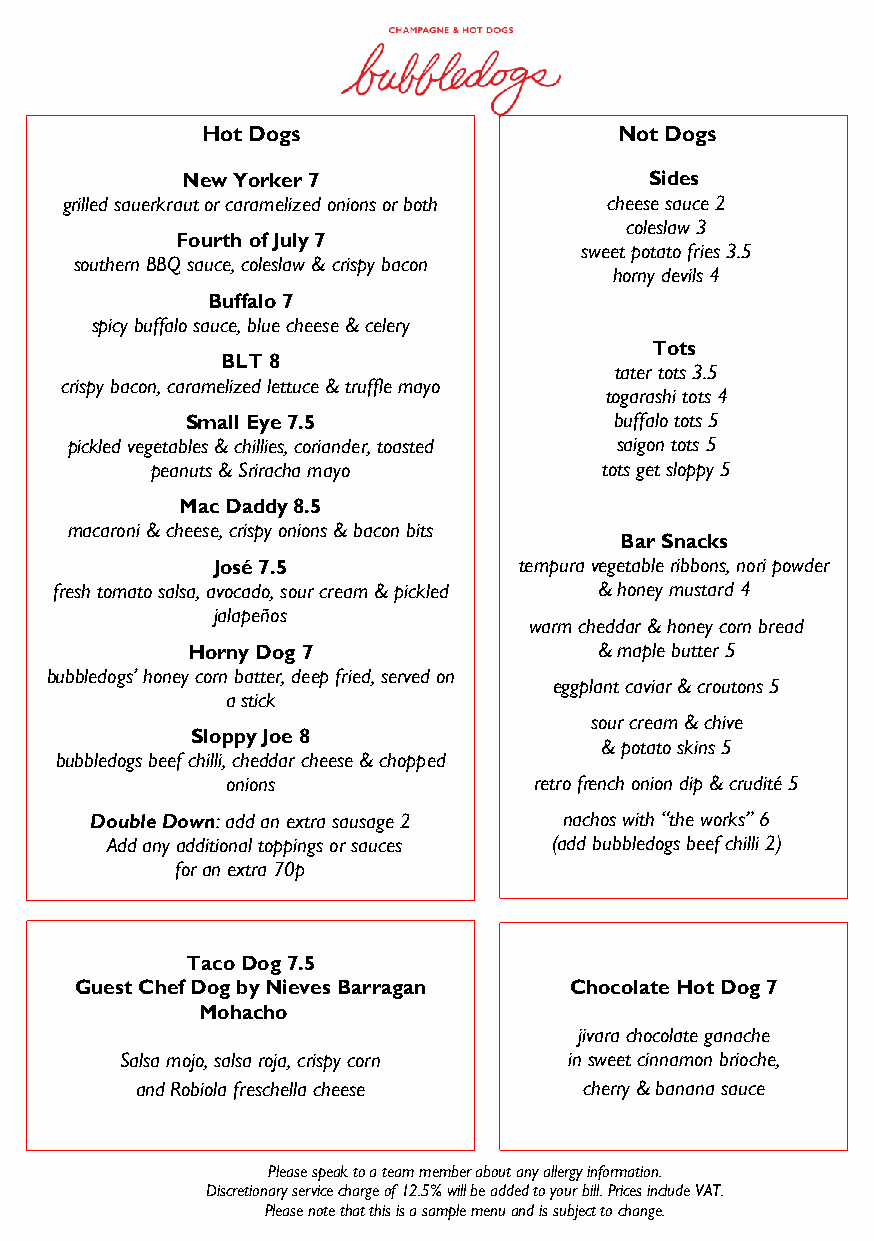
Hot Dogs                    Not Dogs
 New Yorker 7                   Sides
 grill e d sauerkraut or caramelized onions or both cheese sauce 2
 coleslaw 3
 Fourth of July 7
 sweet potato fries 3.5
 southern BBQ sauce, coleslaw & crispy bacon
 horny devils 4
 Buffa lo 7
 spicy buffalo sauce, b lue cheese & celery
 Tots
 BLT 8
 tater tots 3.5
 crispy bacon, caramelized lettuce & truffle mayo
 togarashi tots 4
 Small Ey e 7.5               buffalo tots 5
 pickled vegetables & chilli es, coriander, toasted saigon tots 5
 peanuts & Srira cha mayo      tots get sloppy 5
 Mac Daddy 8.5
 macaroni & cheese, crispy onions & bacon bits
 Bar Snacks
 José 7 .5           tempura vegetable ribbons, nori powder
 fresh tomato salsa, avocado , sour cream & pickled & honey mustard 4
 jalapeñ os
 warm cheddar & honey corn bread
 Horny Dog 7                 & maple butter 5
 bubbledogs’ honey corn batter, deep fried, served on
 eggplant caviar & croutons 5
 a stick
 sour cream & chive
 Sloppy J oe 8
 & potato skins 5
 bubbledogs beef chilli, ched dar cheese & chopped
 onion s             retro french onion dip & crudité 5
 Double Down: add an extra sausage 2 nachos with “the works” 6
 Add any additional to ppings or sauces (add bubbledogs beef chilli 2)
 for an extra 70p
 Taco Do g 7.5
 Guest Chef Dog by N ieves Barragan Chocolate Hot Dog 7
 Mohach o
 jivara chocolate ganache
 Salsa mojo, salsa ro ja, crispy corn in sweet cinnamon brioche,
 and Robiola fresc hella cheese cherry & banana sauce
 Please speak to a team member about any allergy information.
 Discretionary service charge of 12.5% will be added to your bill. Prices include VAT.
 Please note that this is a sample menu and is subject to change.